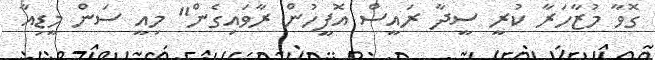
ގޮވާ މުޒާހަރާ ކުރީ ސީދާ ރައީސް އޮފީހުން ރާވައިގެން" މިއީ ސަން މީޑިއާ